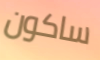
ساكون